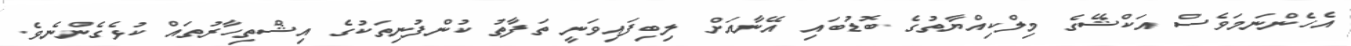
އެހެންނަމަވެސް އަކްޝޭގެ މިލްކިއްޔާތުގެ ބޮޑުބައި އޭނާއަށް ލިބިފައިވަނީ ތަފާތު ކުންފުނިތަކުގެ އިޝްތިހާރުތައް ކުޅެގެންނެވެ.